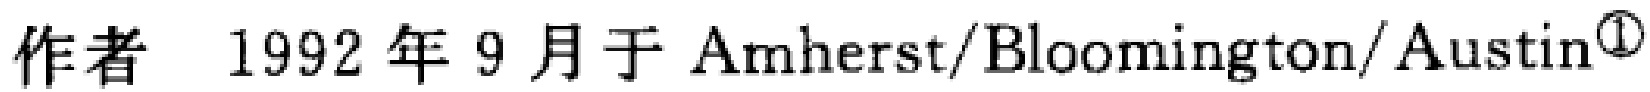
作者 1992 年 9 月于 Amherst/Bloomington/Austin\textsuperscript{\textcircled{1}}